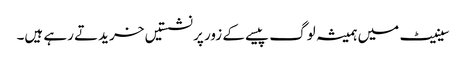
سینیٹ میں ہمیشہ لوگ پیسے کے زور پر نشستیں خریدتے رہے ہیں۔